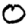
Digit: 0